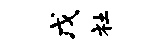
戊社